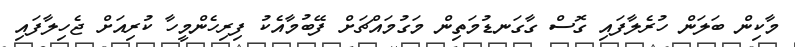
މާކިން ބަލަން ހުރެލާފައި ގޮސް ގާގަނޑުމަތިން މަގުމައްޗަށް ފޭބުމާއެކު ފިރިހެންމީހާ ކުރިއަށް ޖެހިލާފައި